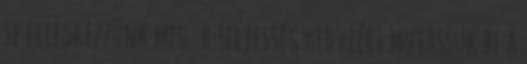
se feledkezzünk meg. a teljesség kedvéért mutassuk be a